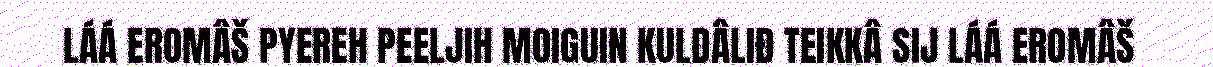
LÁÁ EROMÂŠ PYEREH PEELJIH MOIGUIN KULDÂLIĐ TEIKKÂ SIJ LÁÁ EROMÂŠ